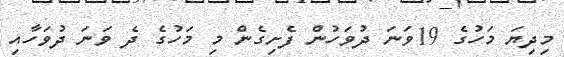
މިދިޔަ މަހުގެ 19ވަނަ ދުވަހުން ފެށިގެން މި މަހުގެ ދެ ވަނަ ދުވަހާއި